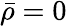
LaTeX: \bar{\rho}=0